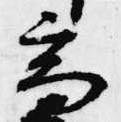
高